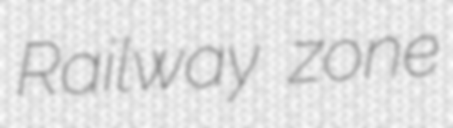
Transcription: Railway zone